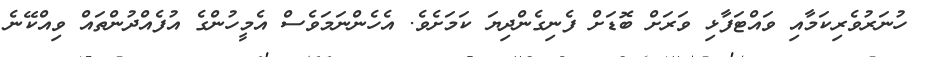
ހުނަރުވެރިކަމާއި ވައްޓަފާޅި ވަރަށް ބޮޑަށް ފެނިގެންދިޔަ ކަމަށެވެ. އެހެންނަމަވެސް އެމީހުންގެ އުފެއްދުންތައް ވިއްކޭނެ